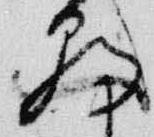
朝